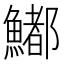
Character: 𩼁